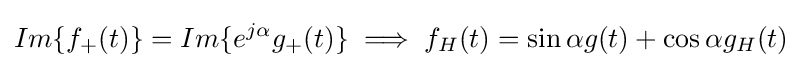
Im\{f_{+}(t)\}=Im\{e^{j\alpha }g_{+}(t)\}\implies f_{H}(t)=\sin {\alpha }g(t)+\cos {\alpha }g_{H}(t)